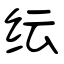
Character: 纭